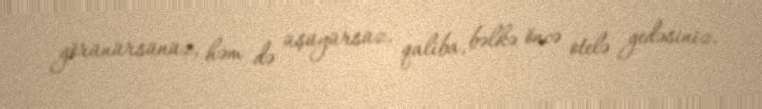
görünürsünüz, həm də üşüyürsüz, qaliba, bəlkə öncə otelə gedəsiniz.